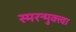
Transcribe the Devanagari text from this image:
स्मरन्मुक्त्वा